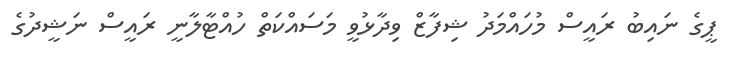
ޕީގެ ނައިބު ރައީސް މުހައްމަދު ޝިފާޒް ވިދާޅުވީ މަސައްކަތް ހުއްޓާލާނީ ރައީސް ނަޝީދުގެ